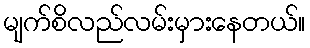
မျက်စိလည်လမ်းမှားနေတယ်။